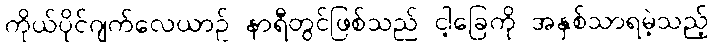
ကိုယ်ပိုင်ဂျက်လေယာဉ် နာရီတွင်ဖြစ်သည် ငါ့ခြေကို အနှစ်သာရမဲ့သည့်